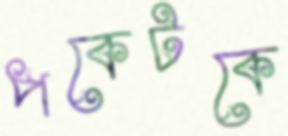
পকেটকে